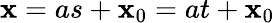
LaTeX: \mathbf{x}=as+\mathbf{x}_{0}=at+\mathbf{x}_{0}